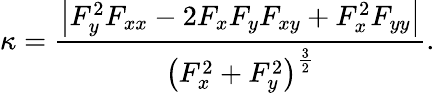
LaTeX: \kappa={\frac{\left|F_{y}^{2}F_{xx}-2F_{x}F_{y}F_{xy}+F_{x}^{2}F_{yy}\right|}{\left(F_{x}^{2}+F_{y}^{2}\right)^{\frac{3}{2}}}}.